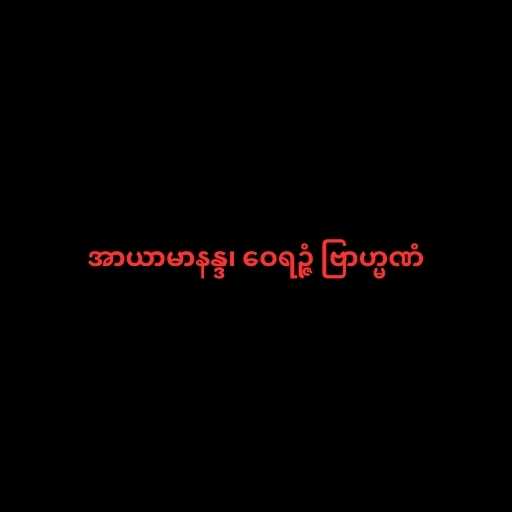
အာယာမာနန္ဒ၊ ဝေရဉ္ဇံ ဗြာဟ္မဏံ